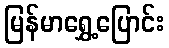
မြန်မာရွှေ့ပြောင်း